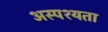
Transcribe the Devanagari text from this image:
अस्पश्यता